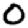
Digit: 0